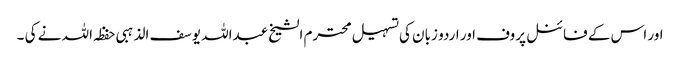
اور اس کے فائنل پروف اور اردو زبان کی تسہیل محترم الشیخ عبداللہ یوسف الذہبی حفظہ اللہ نے کی ۔